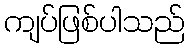
ကျပ်ဖြစ်ပါသည်